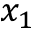
x _ { 1 }